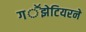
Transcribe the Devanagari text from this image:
गॕझेटियरने